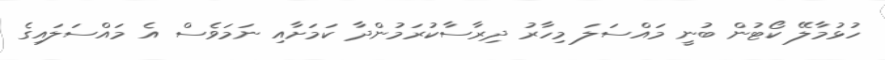
ހުޅުމާލޭ ކޯޓުން ބުނީ މައްސަލަ މިހާރު ދިރާސާކުރަމުންދާ ކަމަށާއި ނަމަވެސް އެ މައްސަލައިގެ